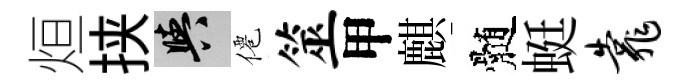
烜挟阳僊筮甲麒髄蜓靠